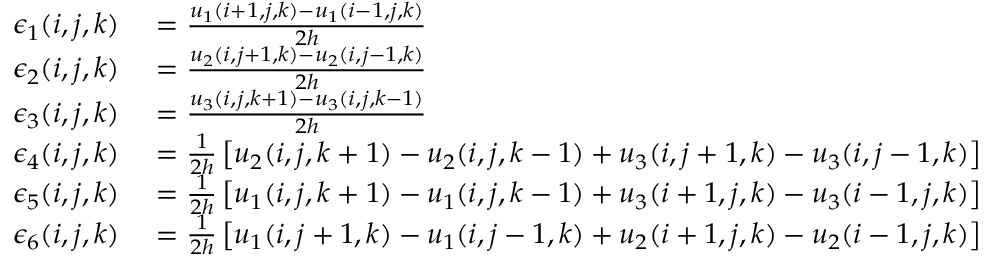
\begin{array} { r l } { \epsilon _ { 1 } ( i , j , k ) } & { { } = \frac { u _ { 1 } ( i + 1 , j , k ) - u _ { 1 } ( i - 1 , j , k ) } { 2 h } } \\ { \epsilon _ { 2 } ( i , j , k ) } & { { } = \frac { u _ { 2 } ( i , j + 1 , k ) - u _ { 2 } ( i , j - 1 , k ) } { 2 h } } \\ { \epsilon _ { 3 } ( i , j , k ) } & { { } = \frac { u _ { 3 } ( i , j , k + 1 ) - u _ { 3 } ( i , j , k - 1 ) } { 2 h } } \\ { \epsilon _ { 4 } ( i , j , k ) } & { { } = \frac { 1 } { 2 h } \left[ u _ { 2 } ( i , j , k + 1 ) - u _ { 2 } ( i , j , k - 1 ) + u _ { 3 } ( i , j + 1 , k ) - u _ { 3 } ( i , j - 1 , k ) \right] } \\ { \epsilon _ { 5 } ( i , j , k ) } & { { } = \frac { 1 } { 2 h } \left[ u _ { 1 } ( i , j , k + 1 ) - u _ { 1 } ( i , j , k - 1 ) + u _ { 3 } ( i + 1 , j , k ) - u _ { 3 } ( i - 1 , j , k ) \right] } \\ { \epsilon _ { 6 } ( i , j , k ) } & { { } = \frac { 1 } { 2 h } \left[ u _ { 1 } ( i , j + 1 , k ) - u _ { 1 } ( i , j - 1 , k ) + u _ { 2 } ( i + 1 , j , k ) - u _ { 2 } ( i - 1 , j , k ) \right] } \end{array} .